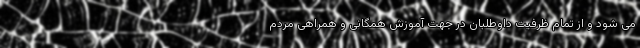
می شود و از تمام ظرفیت داوطلبان در جهت آموزش همگانی و همراهی مردم